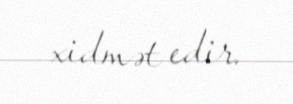
xidmət edir.